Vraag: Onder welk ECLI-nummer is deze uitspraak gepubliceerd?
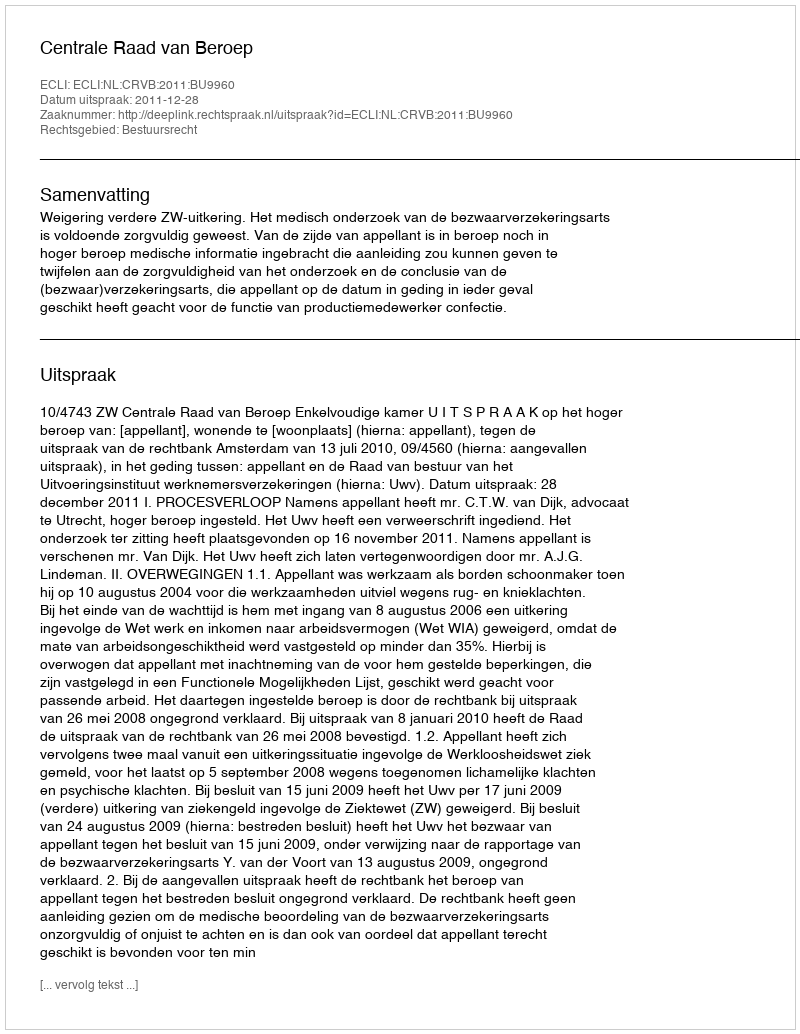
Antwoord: ECLI:NL:CRVB:2011:BU9960